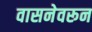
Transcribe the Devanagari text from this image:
वासनेवरून